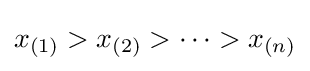
x_{(1)}>x_{(2)}>\cdots >x_{(n)}